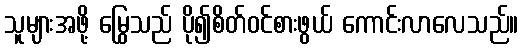
သူများအဖို့ မြွေသည် ပို၍စိတ်ဝင်စားဖွယ် ကောင်းလာလေသည်။